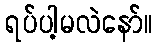
ရပ်ပါ့မလဲနော်။